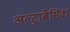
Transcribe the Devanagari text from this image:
अल्ट्राबेसिक